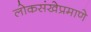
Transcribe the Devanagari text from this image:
लोकसंखेप्रमाणे